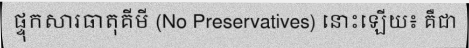
ផ្ទុកសារធាតុគីមី (No Preservatives) នោះឡើយ៖ គឺជា